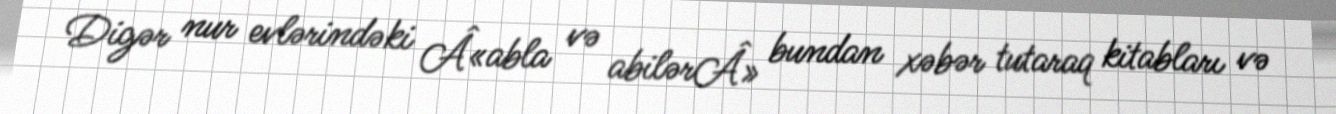
Digər nur evlərindəki Â«abla və abilərÂ» bundan xəbər tutaraq kitabları və